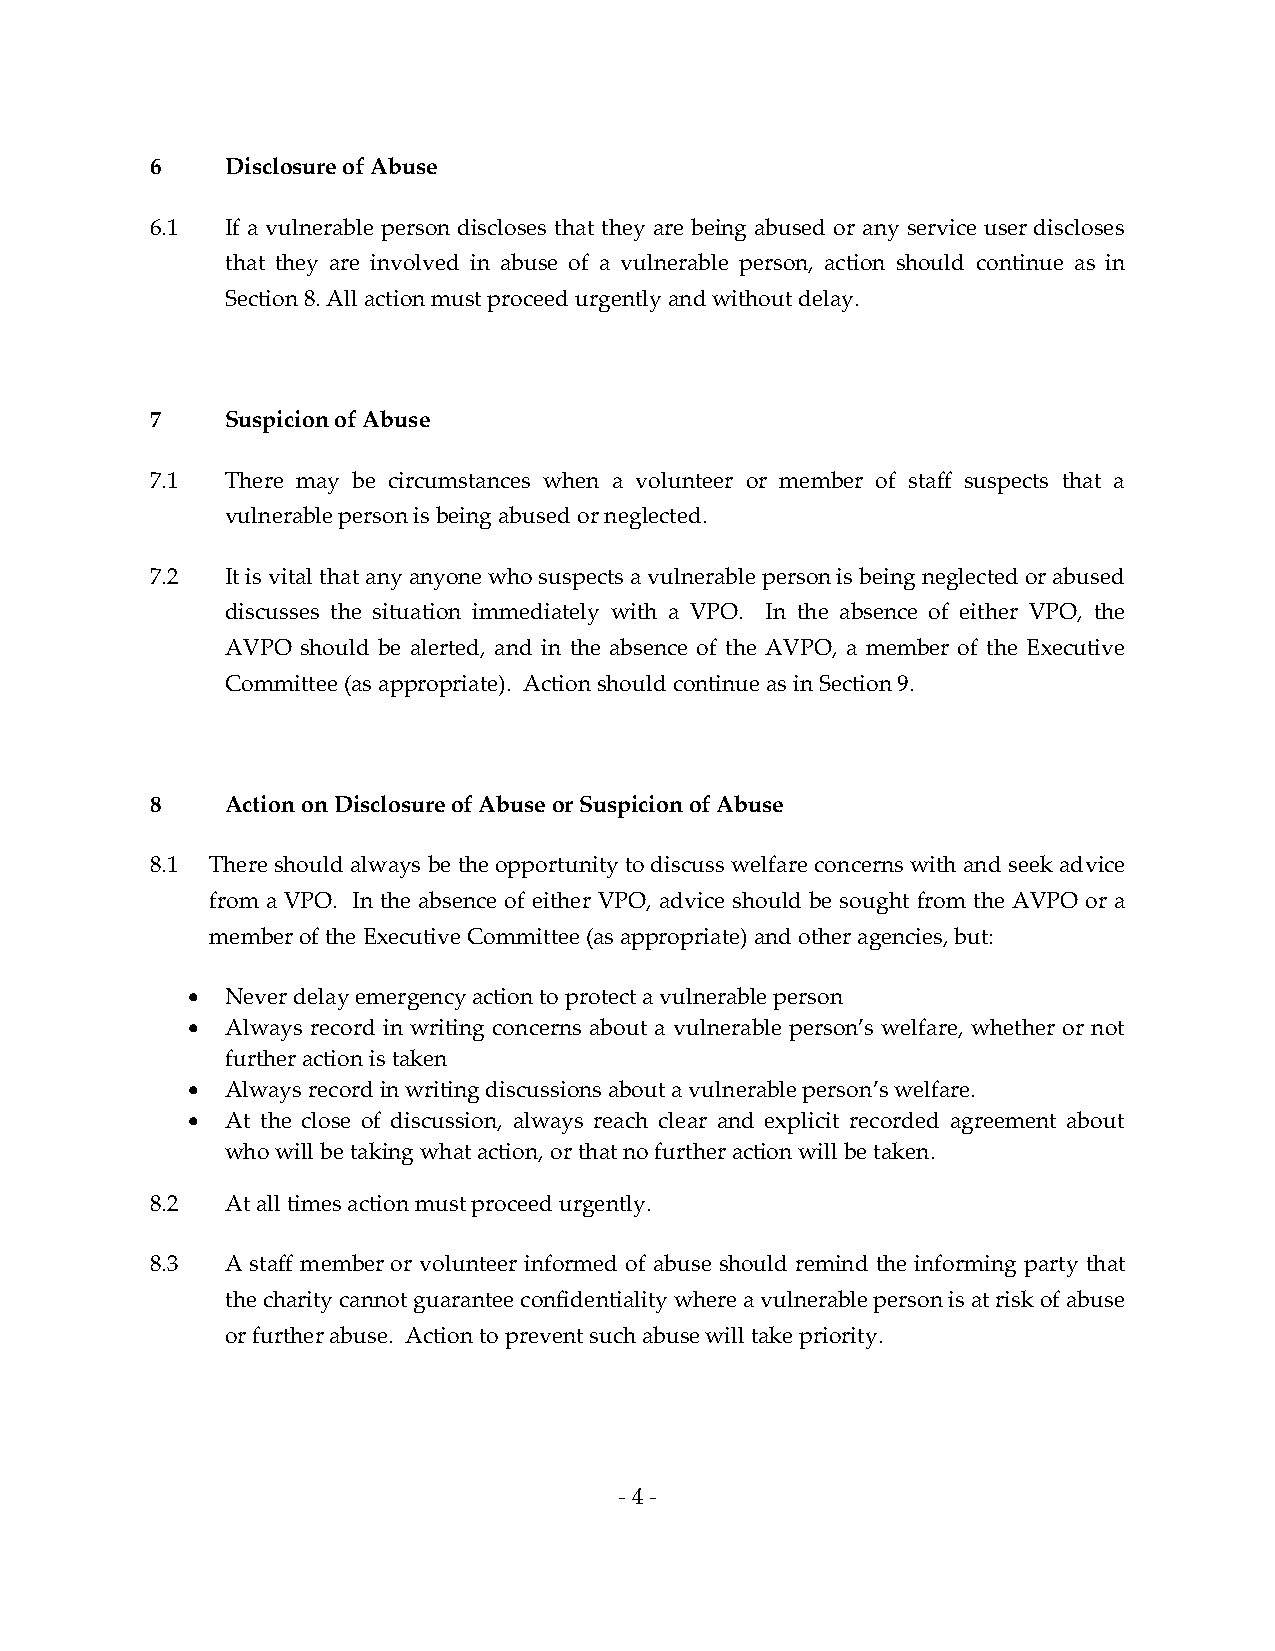
6    Disclosure of Abuse
 6.1  If a vulnerable person discloses that they are being abused or any service user discloses
 that they are involved in abuse of a vulnerable person, action should continue as in
 Section 8. All action must proceed urgently and without delay.
 7    Suspicion of Abuse
 7.1  There may be circumstances when a volunteer or member of staff suspects that a
 vulnerable person is being abused or neglected.
 7.2  It is vital that any anyone who suspects a vulnerable person is being neglected or abused
 discusses the situation immediately with a VPO. In the absence of either VPO, the
 AVPO should be alerted, and in the absence of the AVPO, a member of the Executive
 Committee (as appropriate). Action should continue as in Section 9.
 8    Action on Disclosure of Abuse or Suspicion of Abuse
 8.1 There should always be the opportunity to discuss welfare concerns with and seek advice
 from a VPO. In the absence of either VPO, advice should be sought from the AVPO or a
 member of the Executive Committee (as appropriate) and other agencies, but:
   Never delay emergency action to protect a vulnerable person
   Always record in writing concerns about a vulnerable person’s welfare, whether or not
 further action is taken
   Always record in writing discussions about a vulnerable person’s welfare.
   At the close of discussion, always reach clear and explicit recorded agreement about
 who will be taking what action, or that no further action will be taken.
 8.2  At all times action must proceed urgently.
 8.3  A staff member or volunteer informed of abuse should remind the informing party that
 the charity cannot guarantee confidentiality where a vulnerable person is at risk of abuse
 or further abuse. Action to prevent such abuse will take priority.
 - 4 -